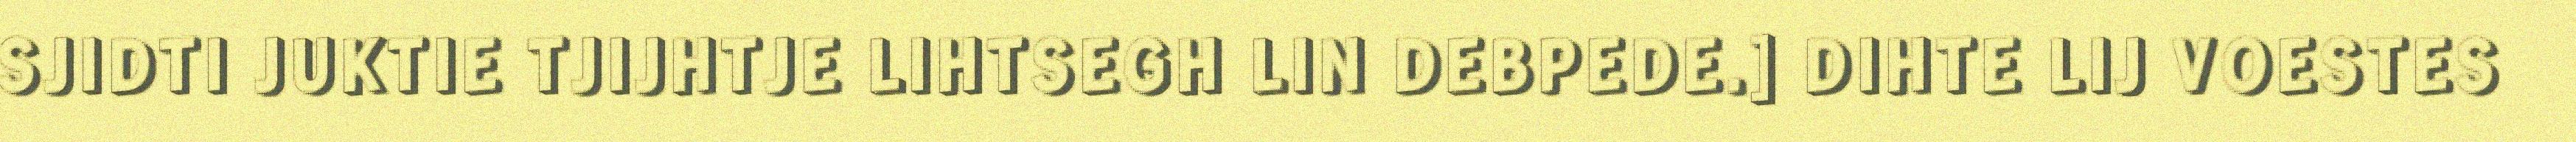
SJIDTI JUKTIE TJIJHTJE LIHTSEGH LIN DEBPEDE.] DIHTE LIJ VOESTES